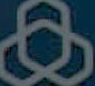
ه